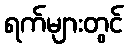
ရက်များတွင်